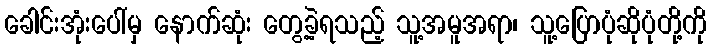
ခေါင်းအုံးပေါ်မှ နောက်ဆုံး တွေ့ခဲ့ရသည့် သူ့အမူအရာ၊ သူ့ပြောပုံဆိုပုံတို့ကို